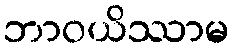
ဘာဝယိဿာမ